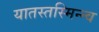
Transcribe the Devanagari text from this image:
यातस्तस्मिन्न्व